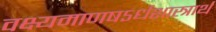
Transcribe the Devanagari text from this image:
वक्ष्यमाणषऽर्धशास्त्रार्थ